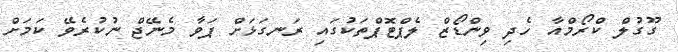
ގޫގުލް ކްރޯމްއާ ހެދި ވިންޑޯޒް ލެޕްޓޮޕްތަކުގައި ރަނގަޅަށް ޕަވާ މެނޭޖް ނުކުރެވޭ ކަމަށް